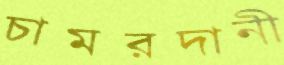
চামরদানী